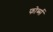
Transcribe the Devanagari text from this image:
फोर्ब्स